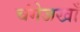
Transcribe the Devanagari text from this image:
चंगेजखाँ